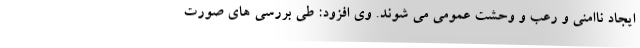
ایجاد ناامنی و رعب و وحشت عمومی می شوند. وی افزود: طی بررسی های صورت